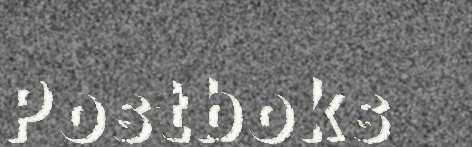
Postboks